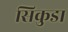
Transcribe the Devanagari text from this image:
सिकुडा